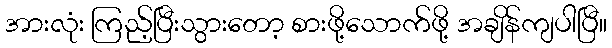
အားလုံး ကြည့်ပြီးသွားတော့ စားဖို့သောက်ဖို့ အချိန်ကျပါပြီ။